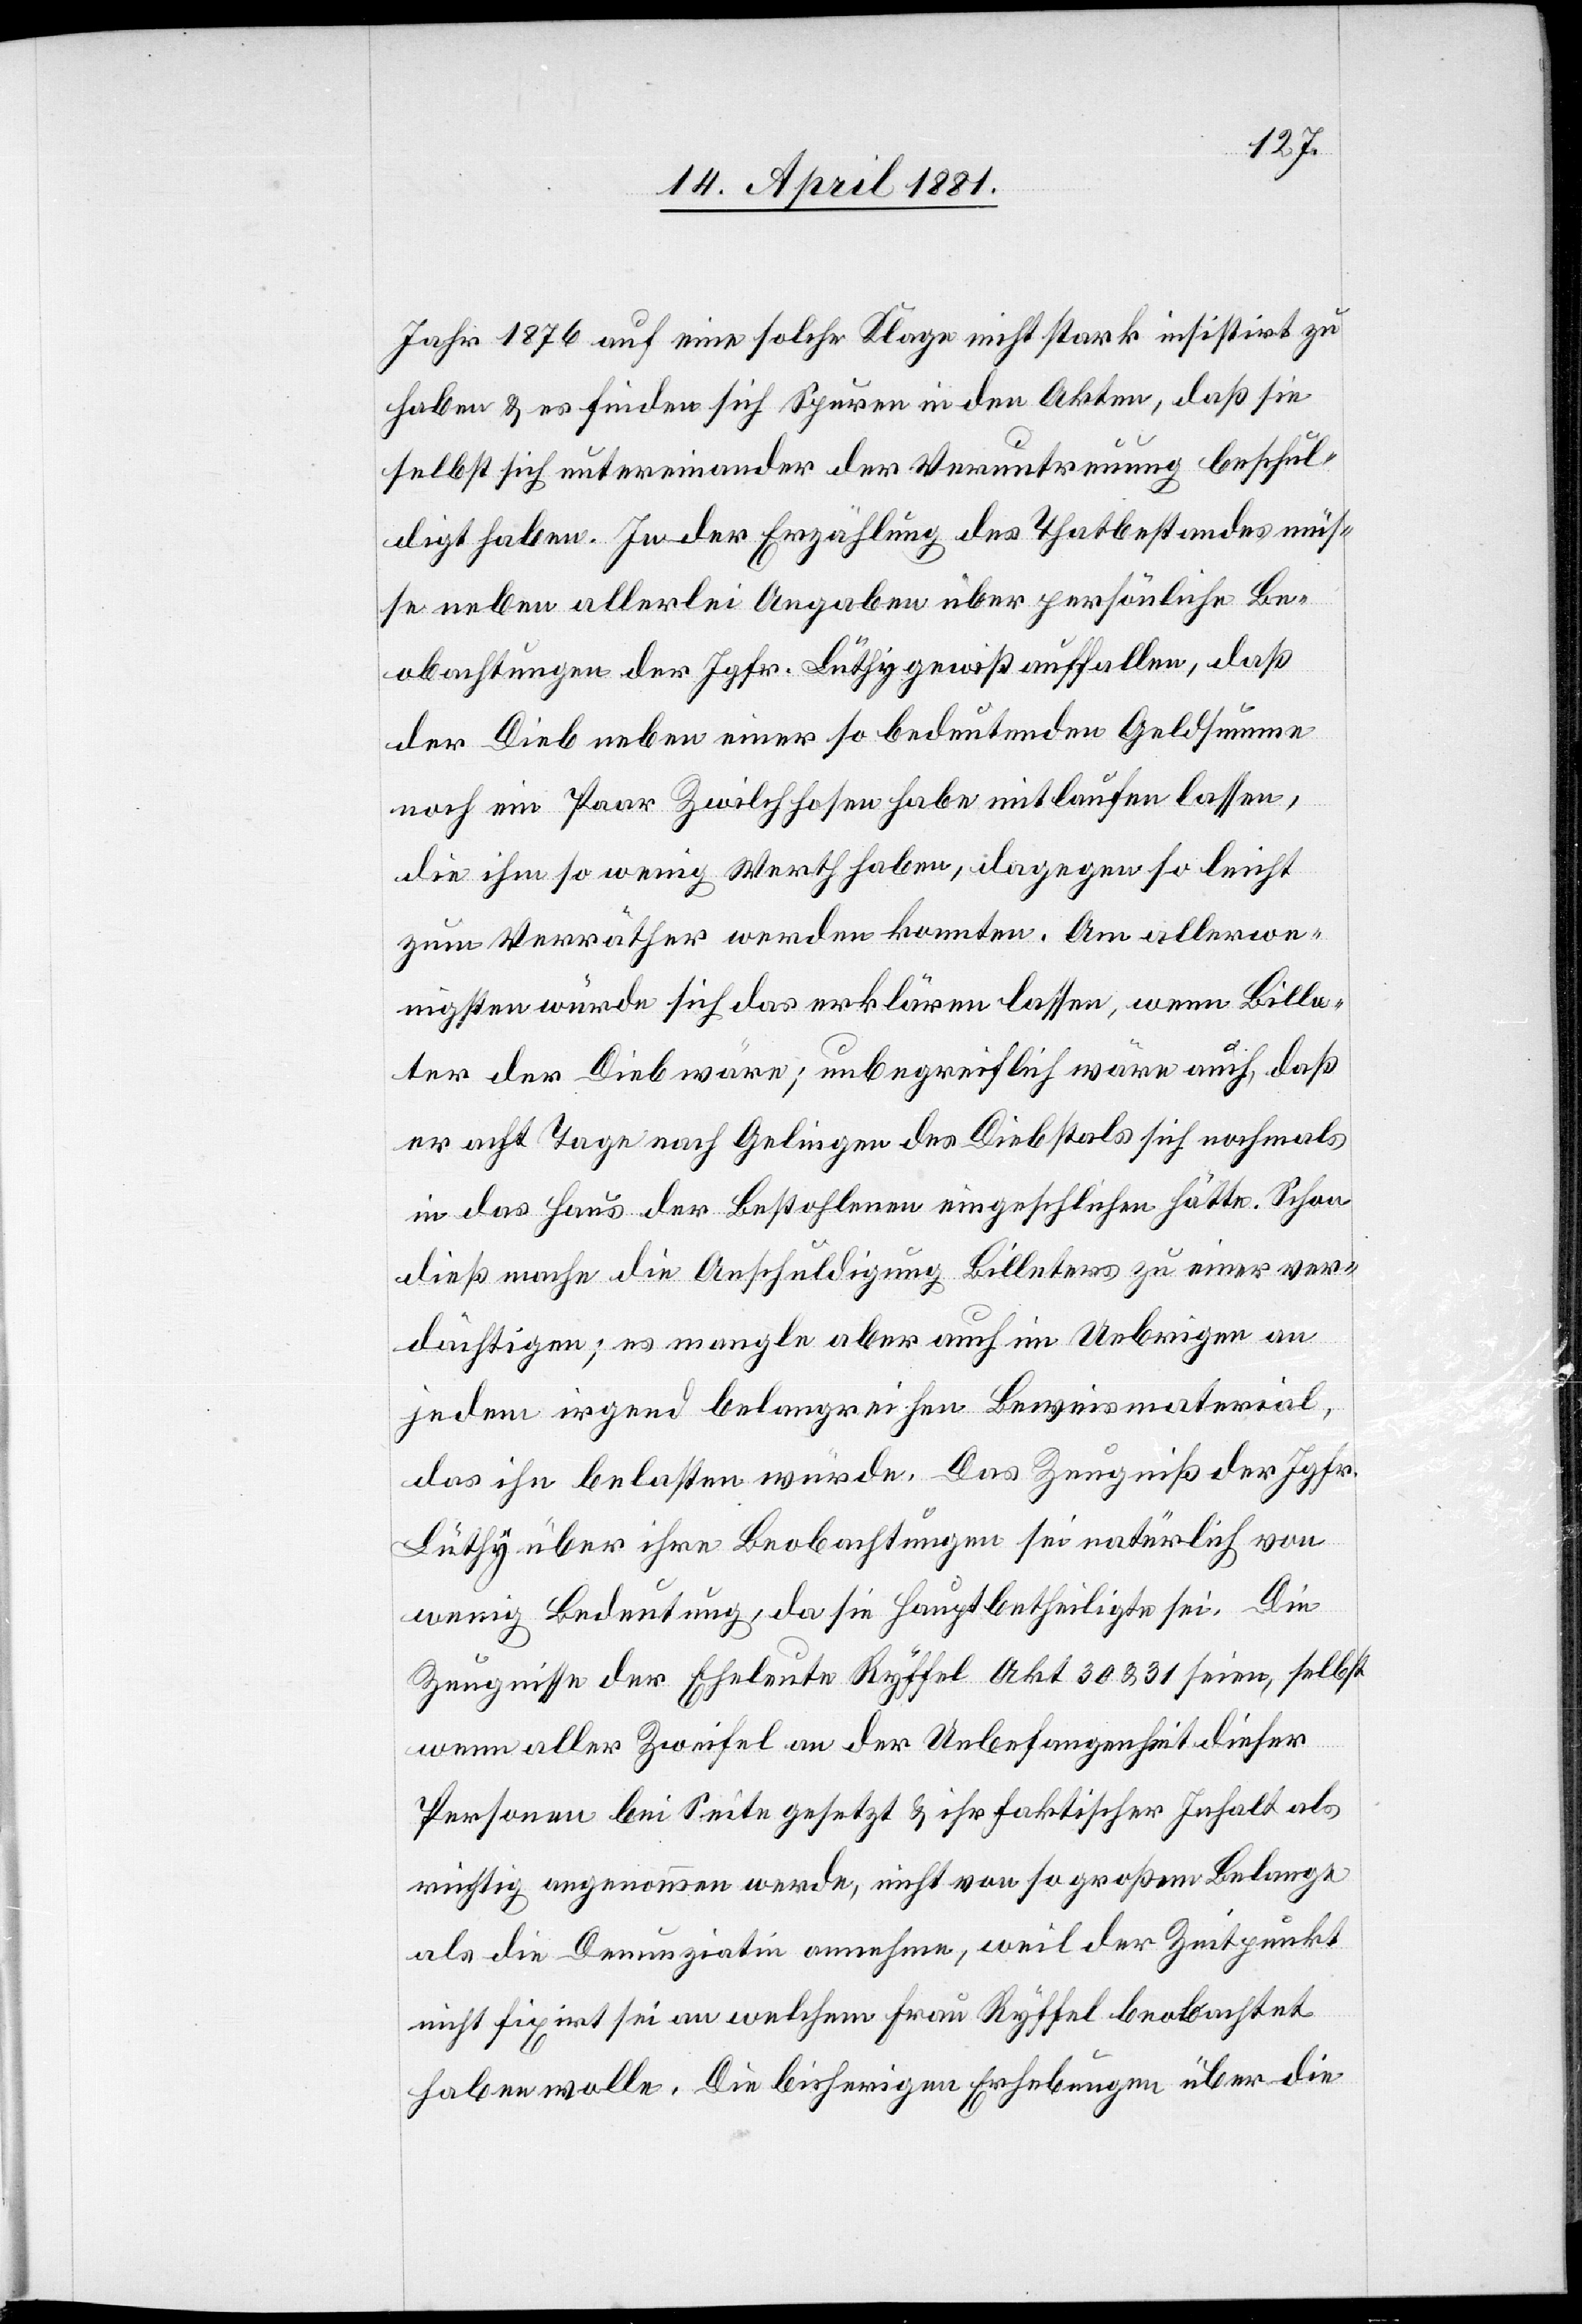
Jahre 1876 auf eine solche Klage nicht stark insistirt zu
haben & es finden sich Spuren in den Akten, daß sie
selbst sich untereinander der Veruntreuung beschul¬
digt haben. In der Erzählung des Thatbestandes müs¬
se neben allerlei Angaben über persönliche Be¬
obachtungen der Jgfr. Lüthy gewiß auffallen, daß
der Dieb neben einer so bedeutenden Geldsumme
noch ein Paar Zwilchhosen habe mitlaufen lassen,
die ihm so wenig Werth haben, dagegen so leicht
zum Verräther werden konnten. Am allerwe¬
nigsten würde sich das erklären lassen, wenn Bille¬
ter der Dieb wäre; unbegreiflich wäre auch, daß
er acht Tage nach Gelingen des Diebstals sich nochmals
in das Haus der Bestohlenen eingeschlichen hätte. Schon
dieß mache die Anschuldigung Billeters zu einer ver¬
dächtigen; es mangle aber auch im Uebrigen an
jedem irgend belangreichen Beweismaterial,
das ihn belasten würde. Das Zeugniß der Jgfr.
Lüthy über ihre Beobachtungen sei natürlich von
wenig Bedeutung, da sie Hauptbetheiligte sei. Die
Zeugnisse der Eheleute Ryffel Akt 30 & 31 seien, selbst
wenn aller Zweifel an der Unbefangenheit dieser
Personen bei Seite gesetzt & nicht von so großem Belange
als die Denunziatin annehme, weil der Zeitpunkt
nicht fixirt sei an welchem Frau Ryffel beobachtet
haben wolle. Die bisherigen Erhebungen über die